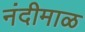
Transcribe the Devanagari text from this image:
नंदीमाळ